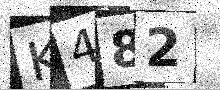
Text: K482